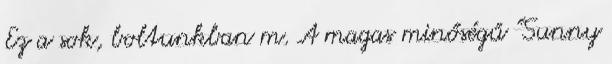
Ez a sok, boltunkban m. A magas minőségű "Sunny